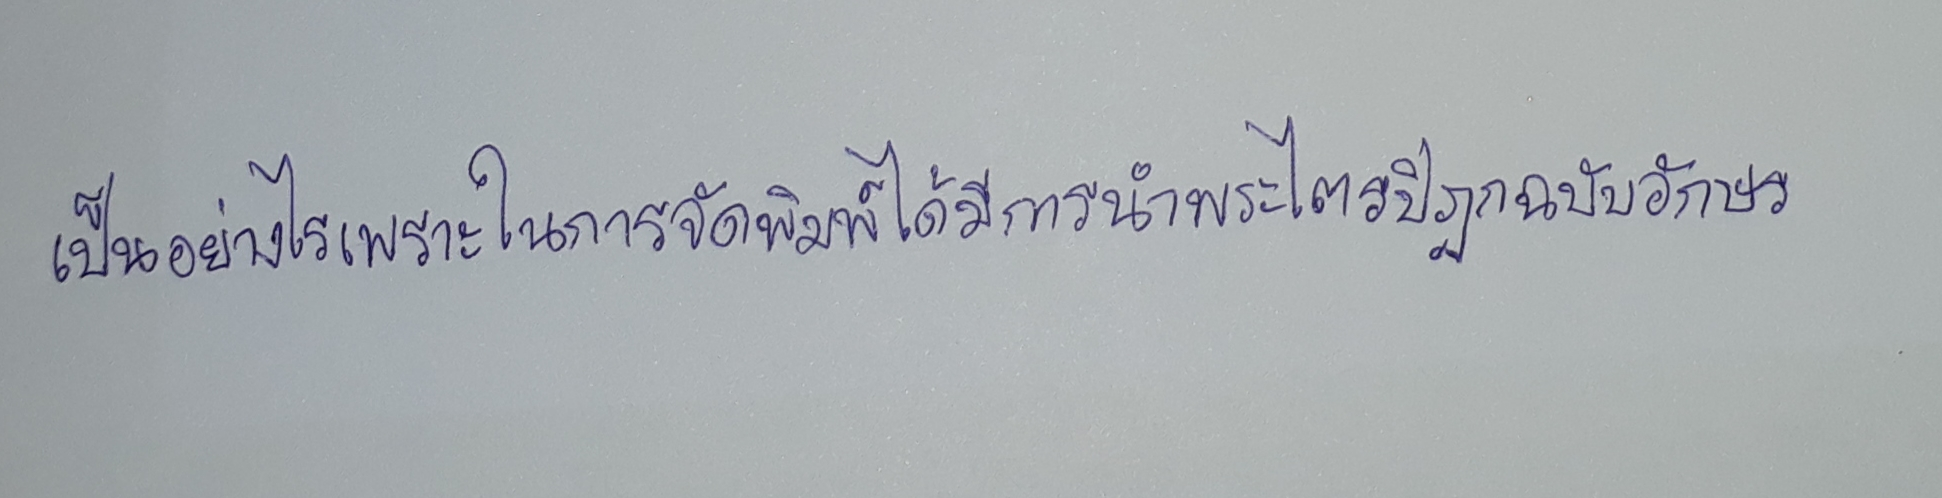
เป็นอย่างไรเพราะในการจัดพิมพ์ได้มีการนำพระไตรปิฎกฉบับอักษร